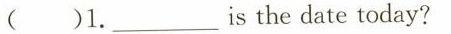
( )1.___is the date today?